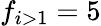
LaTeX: f_{i>1}=5